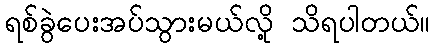
ရစ်ခွဲပေးအပ်သွားမယ်လို့ သိရပါတယ်။